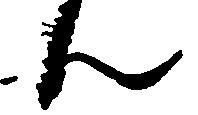
ん